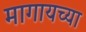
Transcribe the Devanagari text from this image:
मागायच्या